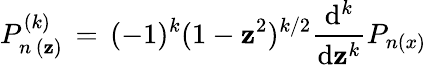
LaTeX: P_{n\, (\mathbf{z})}^{(k)}\, =\, (-1)^{k}(1-\mathbf{z}^{2})^{k/2}\frac{{\mathrm{{d}}^{k}}}{{\mathrm{{d}}\mathbf{z}^{k}}}P_{n(x)}